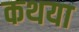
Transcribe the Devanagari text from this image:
कथया